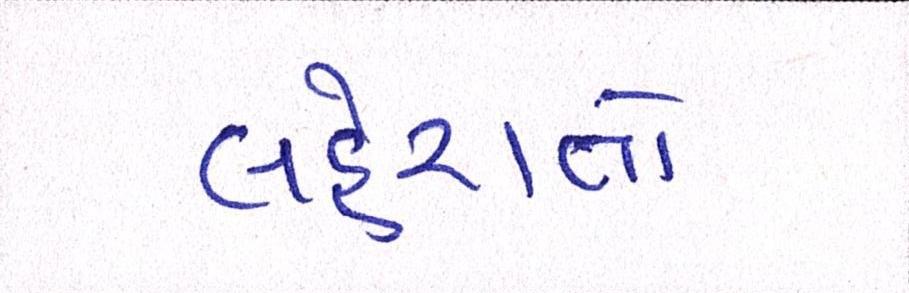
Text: લહેરાતો